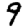
Digit: 9